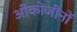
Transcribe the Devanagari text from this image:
ओंकोजीनों